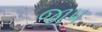
જાપ